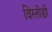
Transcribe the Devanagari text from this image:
विस्तीच्ची